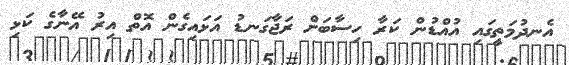
އެނދުމަތީގައި އުއްޑުން ކަރާ ހިސާބަށް ރަޖާގަނޑު އަޅައިގެން އޮތް އިރު އޭނާގެ ކަޅި